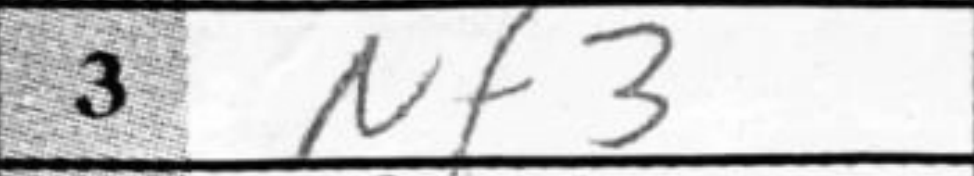
Transcription: Nf3